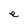
Character: e